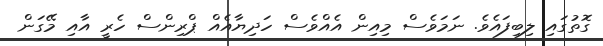
ގޮތުގައި ލިބިފައެވެ. ނަމަވެސް މިއިން އެއްވެސް ހަދިޔާއެއް ޕްރިންސް ހެރީ އާއި މޭގަން